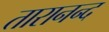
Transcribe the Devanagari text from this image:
तारानन्द